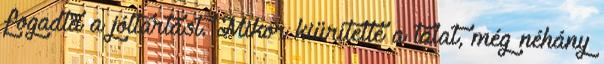
fogadta a jóltartást. Mikor kiürítette a tálat, még néhány